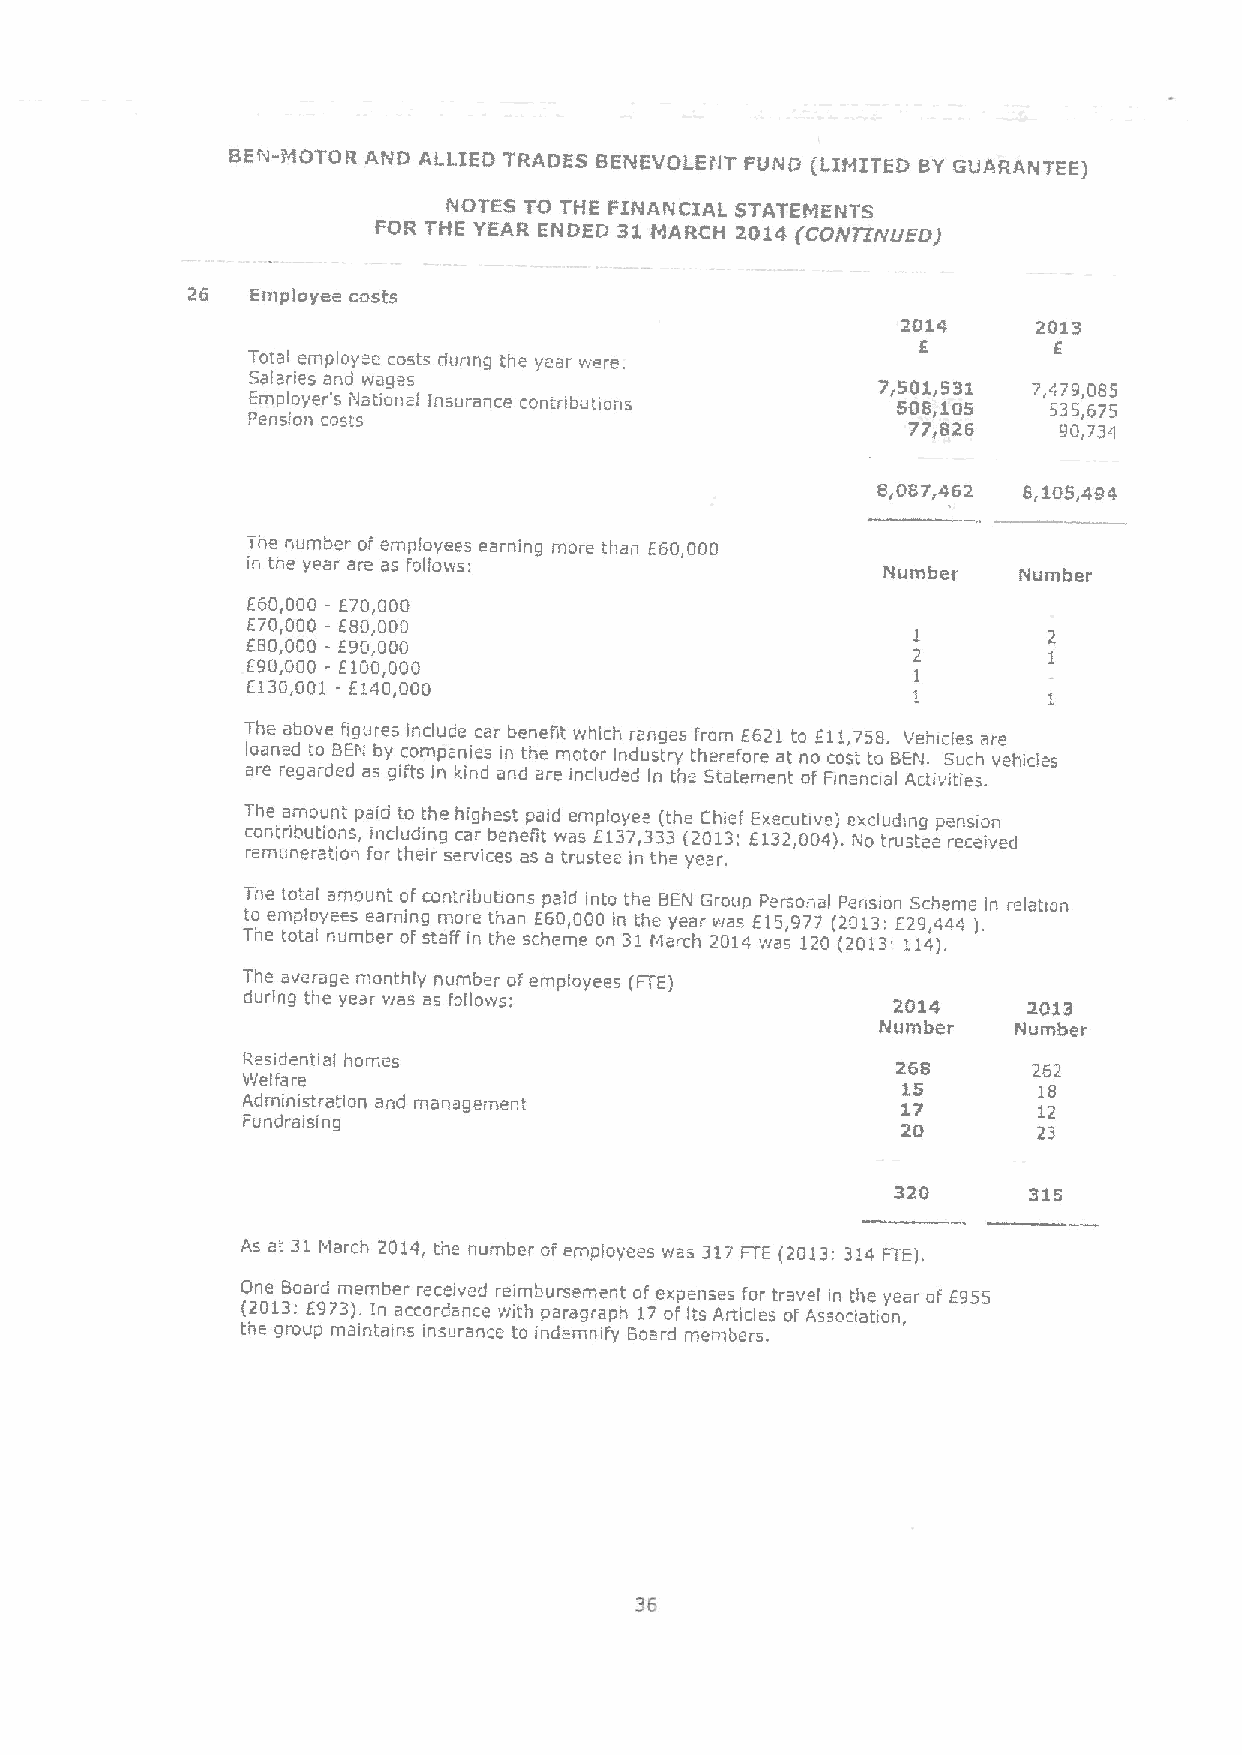
BEN-MOTOR AND ALLIED TRADES BENEVOI Ei'IT FUND (lIMITED BY GUARANTEE)
 NOTES TO THE FINANCIAL STATEMENTS
 FOR THE YEAR ENDED 31 MARCH 2014 gCOAITIJVLIED)
 26   Employee costs
 2014     2013
 f
 E
 Total employ e costs dunng the year viere.
 Salaries and wages                        7r501i531 7,479,085
 Employer's ivlationai Insurance contributions 508,105 535,675
 Pension cos!s                               77,826    9Q,734
 8,081,462 8,105,494
 The number or empiovees earning more than E60,000
 in the year are as roliows:
 Number   Number
 E60,000 - E70,000
 E70,000 —E80,000
 EBO,OOO - E90,000
 E90,000 - E100,000
 E130,001 - E140,QOO
 The above figures include car benefit which ranges from E621 to E11,758. Vehicles are
 l ao ra ene rd egat ro deB dEN a-by gic fto sm ip nan ki ie ns
 d
 ain ndth ae rem io nt co lr udein ddus It nry theth Ser taef teo mre ena tt n oo
 f
 Fc io ns at nato alBE AI cJ t. ivS itu iec sh
 .
 vehicles
 The amount paid to the highest paid employe (the Chief Executive) excluding pension
 contnbutions, including car benefit was E137,333 (2013i E132,004).No trustee received
 remuneration for their services as a trustee in the year.
 The total amount ofcontributions paid into the BEN Group Personal Pension Scheme in relation
 to employees earning more than E60,000 in the year was E15,977 (2013 E29,444 ).
 The total number ol' staff in the scheme on 31March 2014 was 120 (2013i' 114).
 The average monthly number ofemployees (FTE)
 during the year was as folloivs:           2014     2013
 Number   Number
 Residential homes                          268      262
 FJelfare                                    15       18
 Administration and management               17
 12
 rundraising                                 20       23
 320      315
 As at 31March 2014, the number or employees was 317FTE (2013:314 FTE).
 O (2n 0e 1B 3o :a fr 9d 7m 3)e .m Ib ner accr oe rc de aiv ne cd
 e
 r we ii tm hbu pr as re am gre an pt
 h
 o 1f 7e ox fpe I"n .sse As rtif co ler stra ov fe Al sin oct ih ae tioy ne ,ar of' f955
 the group maintains insurance to indemnify Board members.
 36